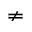
\neq